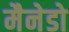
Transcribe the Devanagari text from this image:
मैनेडो